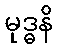
မုဒ္ဓနိ